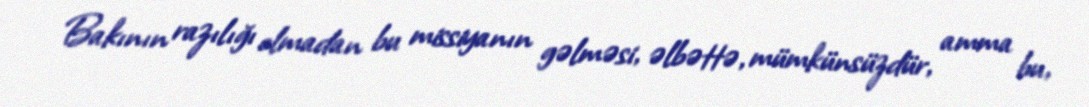
Bakının razılığı olmadan bu missiyanın gəlməsi, əlbəttə, mümkünsüzdür, amma bu,